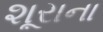
શૂરાના